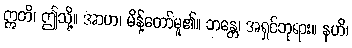
ဣတိ၊ ဤသို့။ အာဟ၊ မိန့်တော်မူ၏။ ဘန္တေ၊ အရှင်ဘုရား။ နဟိ၊